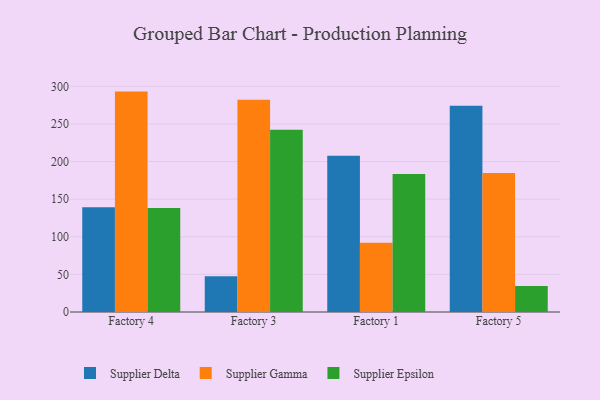
{"axis": {"x": "Factory", "y": "Satisfaction Score"}, "legend": ["Supplier Delta", "Supplier Epsilon", "Supplier Gamma"], "data": [{"x": "Factory 4", "y": 139.3, "type": "Supplier Delta"}, {"x": "Factory 4", "y": 293.0, "type": "Supplier Gamma"}, {"x": "Factory 4", "y": 138.2, "type": "Supplier Epsilon"}, {"x": "Factory 3", "y": 47.4, "type": "Supplier Delta"}, {"x": "Factory 3", "y": 282.2, "type": "Supplier Gamma"}, {"x": "Factory 3", "y": 242.4, "type": "Supplier Epsilon"}, {"x": "Factory 1", "y": 207.6, "type": "Supplier Delta"}, {"x": "Factory 1", "y": 92.2, "type": "Supplier Gamma"}, {"x": "Factory 1", "y": 183.6, "type": "Supplier Epsilon"}, {"x": "Factory 5", "y": 274.2, "type": "Supplier Delta"}, {"x": "Factory 5", "y": 184.8, "type": "Supplier Gamma"}, {"x": "Factory 5", "y": 34.5, "type": "Supplier Epsilon"}]}